Vaccination in Bombay 1902-1912 - 1902-1912
Year: 1902
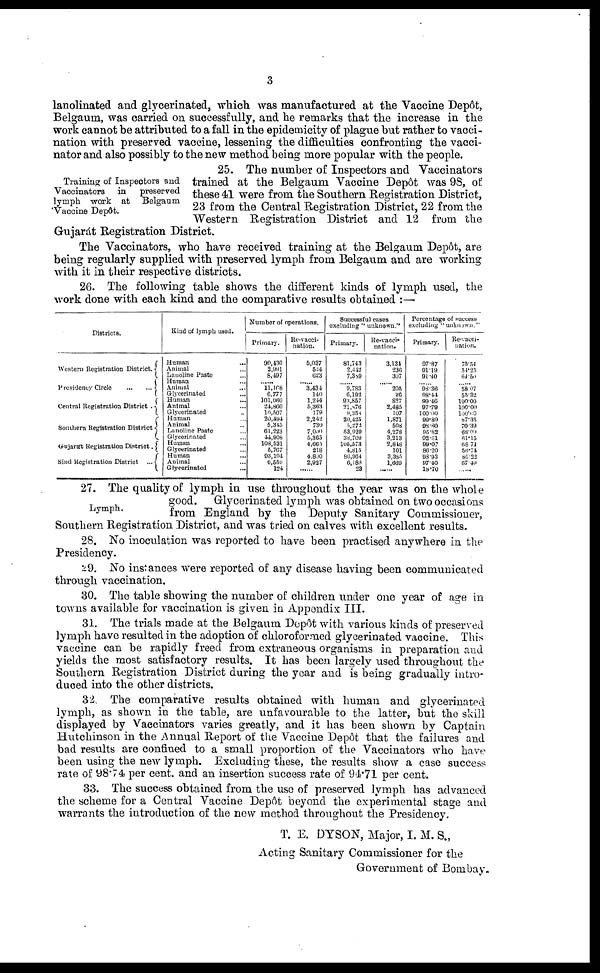
3
lanolinated and glycerinated, which was manufactured at the Vaccine Depôt,
Belgaum, was carried on successfully, and he remarks that the increase in the
work cannot be attributed to a fall in the epidemicity of plague but rather to vacci-
nation with preserved vaccine, lessening the difficulties confronting the vacci¬
nator and also possibly to the new method being more popular with the people.
Training of Inspectors and
Vaccinators in preserved
lymph work at Belgaum
Vaccine Depôt.
25. The number of Inspectors and Vaccinators
trained at the Belgaum Vaccine Depôt was 98, of
these 41 were from the Southern Registration District,
23 from the Central Registration District, 22 from the
Western Registration District and 12 from the
Gujarát Registration District.
The Vaccinators, who have received training at the Belgaum Depôt, are
being regularly supplied with preserved lymph from Belgaum and are working
with it in their respective districts.
26. The following table shows the different kinds of lymph used, the
work done with each kind and the comparative results obtained :—
Districts.
Western Registration District.
Presidency Circle
...
...
Central Registration District .
Southern Registration District
Gujarát Registration District.
Sind Registration District
...
Kind of lymph used.
Human ...
Animal ...
Lanoline Paste ...
Human ...
Animal
...
Glycerinated ...
Human ...
Animal ...
Glycerinated ...
Human ...
Animal ...
Lanoline Paste ...
Glycerinated ...
Human ...
Glycerinated ...
Human ...
Animal ...
Glycerinated ...
Number of operations.
Primary.
90,430
2,991
8,497
...... 11,168
6,777
101,060
24,860
11,507
20,494
5,345
61,223
44,908
108,531
5,767
93,194
6,559
124
Re-vacci-
nation.
5,037
524
623
...... 3,434
140
1,244
5,363
179
2,242
730
7,000
5,365
4,660
218
4,800
2,927
......
Successful cases
excluding " unknown."
Primary.
81,743
2,442
7,389
...... 9,783
6,192
93,857
21,876
9,358
20,425
5,272
53,929
38,709
105,573
4,815
86,964
6,188
23
Re-vacci-
nation.
3,134
236
307
...... 205
26
827
2,485
107
1,871
508
4,278
3,213
2,848
101
3,385
1,669
......
Percentage of success
excluding "unknown."
Primary.
97.87
91.19
91.40
...... 98.36
98.44
99.46
97.79
100.00 99.89
98.80
95.82
92,51
99.07
86.20
98.93
97.40
18.70
Re-vacci-
nation.
75.54
54.25
64.50
...... 58.07
55.32
100.00
100.00
100.00
87.35
70.39
68.09
61,15
68.71
56.74
86.22
67.49
......
Lymph.
27. The quality of lymph in use throughout the year was on the whole
good. Glycerinated lymph was obtained on two occasions
from England by the Deputy Sanitary Commissioner,
Southern Registration District, and was tried on calves with excellent results.
28. No inoculation was reported to have been practised anywhere in the
Presidency.
29. No instances were reported of any disease having been communicated
through vaccination.
30. The table showing the number of children under one year of age in
towns available for vaccination is given in Appendix III.
31. The trials made at the Belgaum Depôt with various kinds of preserved
lymph have resulted in the adoption of chloroformed glycerinated vaccine. This
vaccine can be rapidly freed from extraneous organisms in preparation and
yields the most satisfactory results. It has been largely used throughout the
Southern Registration District during the year and is being gradually intro-
duced into the other districts.
32. The comparative results obtained with human and glycerinated
lymph, as shown in the table, are unfavourable to the latter, but the skill
displayed by Vaccinators varies greatly, and it has been shown by Captain
Hutchinson in the Annual Report of the Vaccine Depôt that the failures and
bad results are confined to a small proportion of the Vaccinators who have
been using the new lymph. Excluding these, the results show a case success
rate of 98.74 per cent. and an insertion success rate of 94.71 per cent.
33. The success obtained from the use of preserved lymph has advanced
the scheme for a Central Vaccine Depôt beyond the experimental stage and
warrants the introduction of the new method throughout the Presidency.
T. E. DYSON, Major, I. M. S.,
Acting Sanitary Commissioner for the
Government of Bombay.